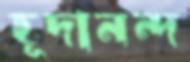
হূদানন্দ